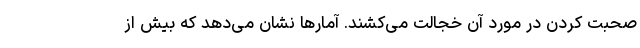
صحبت کردن در مورد آن خجالت می‌کشند. آمار‌ها نشان می‌دهد که بیش از